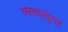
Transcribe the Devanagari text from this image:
अलालुंगा